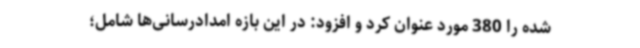
شده را 380 مورد عنوان کرد و افزود: در این بازه امدادرسانی‌ها شامل؛